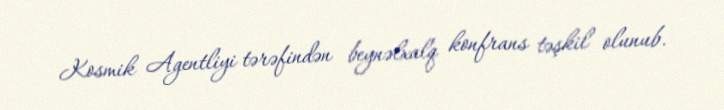
Kosmik Agentliyi tərəfindən beynəlxalq konfrans təşkil olunub.